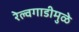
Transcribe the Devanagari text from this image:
रेल्वगाडीमुळे